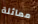
مماثلة